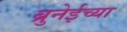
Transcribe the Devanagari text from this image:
ब्रुनेईच्या